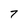
Character: 7